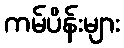
ကမ်ပိန်းများ